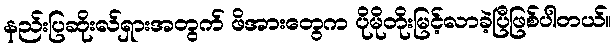
နည်းပြဆိုးလ်ရှားအတွက် ဖိအားတွေက ပိုမိုတိုးမြင့်လာခဲ့ပြီဖြစ်ပါတယ်။